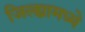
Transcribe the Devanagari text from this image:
जिल्‍ह्यामध्ये